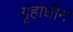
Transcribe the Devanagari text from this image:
गृहाधीन